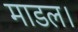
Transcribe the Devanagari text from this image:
माडल।